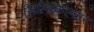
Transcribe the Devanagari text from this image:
सिल्विकल्चार